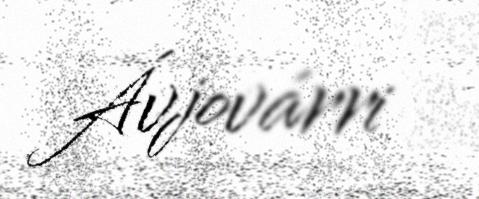
Ávjovárri